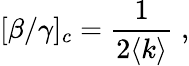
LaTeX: [\beta/\gamma]_{c}=\frac{1}{2\langle k\rangle}\; ,